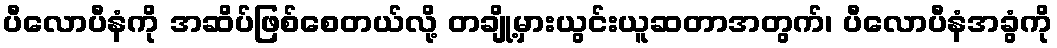
ပီလောပီနံကို အဆိပ်ဖြစ်စေတယ်လို့ တချို့မှားယွင်းယူဆတာအတွက်၊ ပီလောပီနံအခွံကို